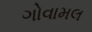
ગોવામલ